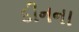
દીનના